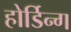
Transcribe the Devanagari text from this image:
होर्डिन्ग